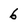
Character: 6